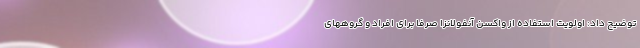
توضیح داد: اولویت استفاده از واکسن آنفولانزا صرفا برای افراد و گروههای